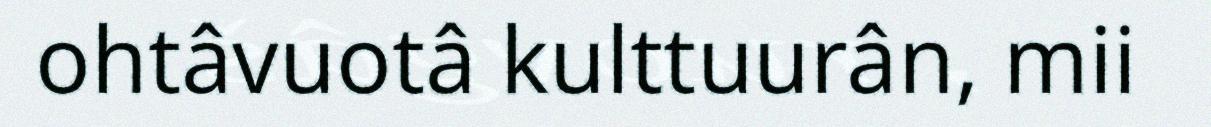
ohtâvuotâ kulttuurân, mii